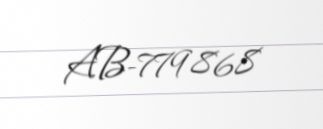
AB-779868